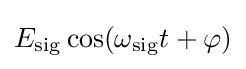
E_{\mathrm {sig} }\cos(\omega _{\mathrm {sig} }t+\varphi )